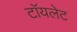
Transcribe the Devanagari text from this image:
टाॅयलेट